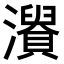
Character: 𤃘